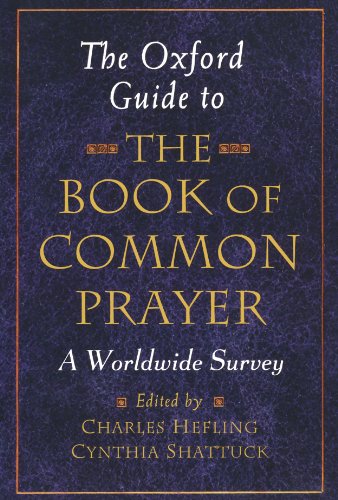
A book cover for The Oxford Guide to the Book of Common Prayer: A Worldwide Survey; Christian Books & Bibles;